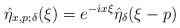
LaTeX: \begin{align*} &\hat{\eta}_{x,p;\delta}(\xi)=e^{-ix\xi}\hat{\eta}_\delta(\xi-p)\end{align*}